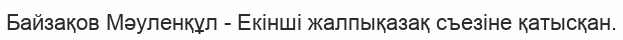
Байзақов Мәуленқұл - Екінші жалпықазақ съезіне қатысқан.